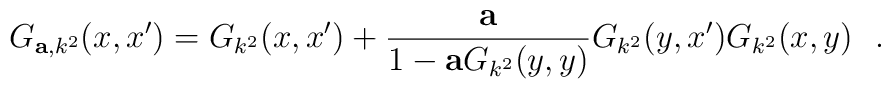
G_{{\bf a},k^2} (x,x')=G_{k^2} (x,x')+{{\bf a}\over 1-{\bf a}G_{k^2}(y,y)}G_{k^2}(y,x')G_{k^2} (x,y)~~.